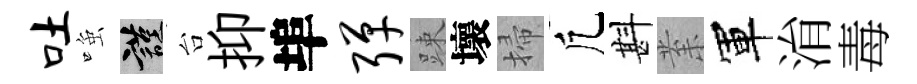
吐𫪻謹台抑埠弹踈壞掃凢斟𭪙軍㳙毒